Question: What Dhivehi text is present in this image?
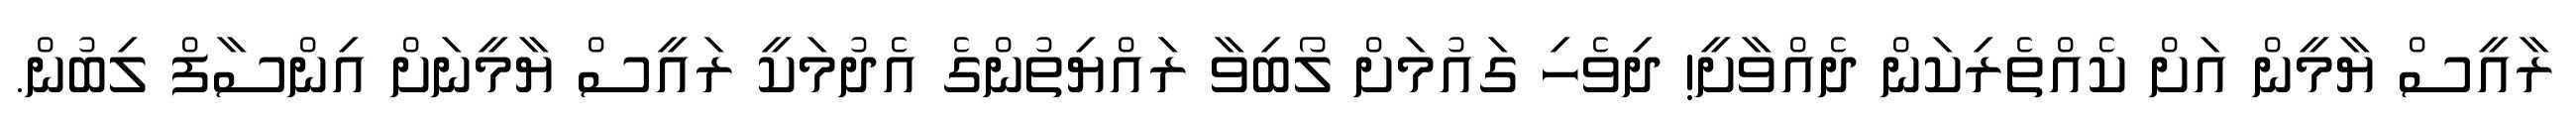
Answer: ރާއީސް ޔާމީން އަށް ކެއްތެރިކަން ދެއްވާށީ! ދިވެހި ގައުމަށް ލޯބިވާ ރައްޔިތުންގެ އެދުމަކީ ރައީސް ޔާމީނަށް އިންސާފް ލިބުން.